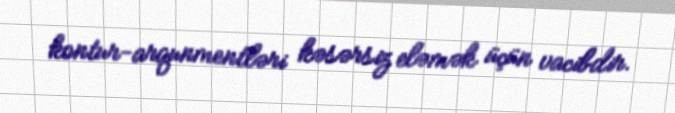
kontur-arqunmentləri kəsərsiz eləmək üçün vacibdir.